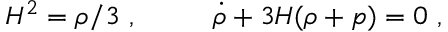
H ^ { 2 } = \rho / 3 \ , ~ ~ ~ ~ ~ ~ ~ ~ \dot { \rho } + 3 H ( \rho + p ) = 0 \ ,